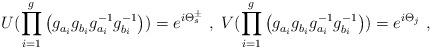
LaTeX: \begin{align*}U(\prod_{i=1}^{g} \left(g_{a_i}^{~} g_{b_i}^{~} g_{a_i}^{-1} g_{b_i}^{-1}\right)) =e^{i\Theta_s^{\pm}}~,~V(\prod_{i=1}^{g} \left(g_{a_i}^{~} g_{b_i}^{~} g_{a_i}^{-1} g_{b_i}^{-1}\right)) =e^{i\Theta_j}~,\end{align*}